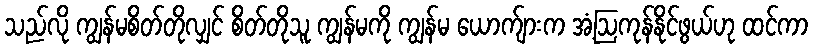
သည်လို ကျွန်မစိတ်တိုလျှင် စိတ်တိုသူ ကျွန်မကို ကျွန်မ ယောက်ျားက အံ့ဩကုန်နိုင်ဖွယ်ဟု ထင်ကာ